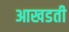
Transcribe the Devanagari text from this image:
आखडती